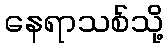
နေရာသစ်သို့